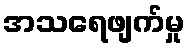
အသရေဖျက်မှု